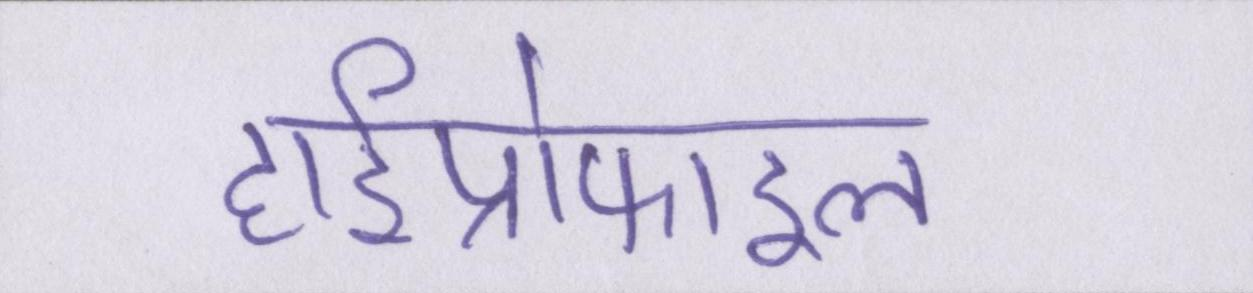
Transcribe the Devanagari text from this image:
हाईप्रोफाइल